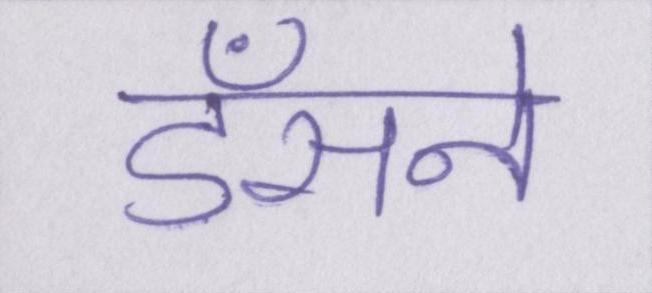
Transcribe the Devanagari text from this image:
डँसने